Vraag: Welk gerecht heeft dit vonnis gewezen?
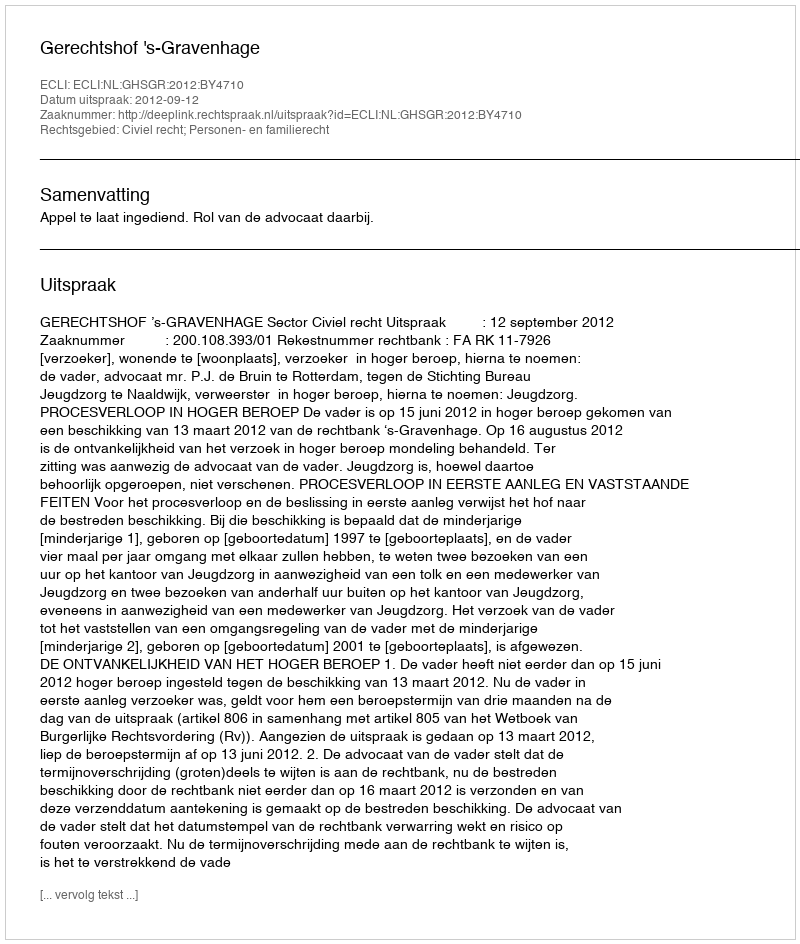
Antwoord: Gerechtshof 's-Gravenhage